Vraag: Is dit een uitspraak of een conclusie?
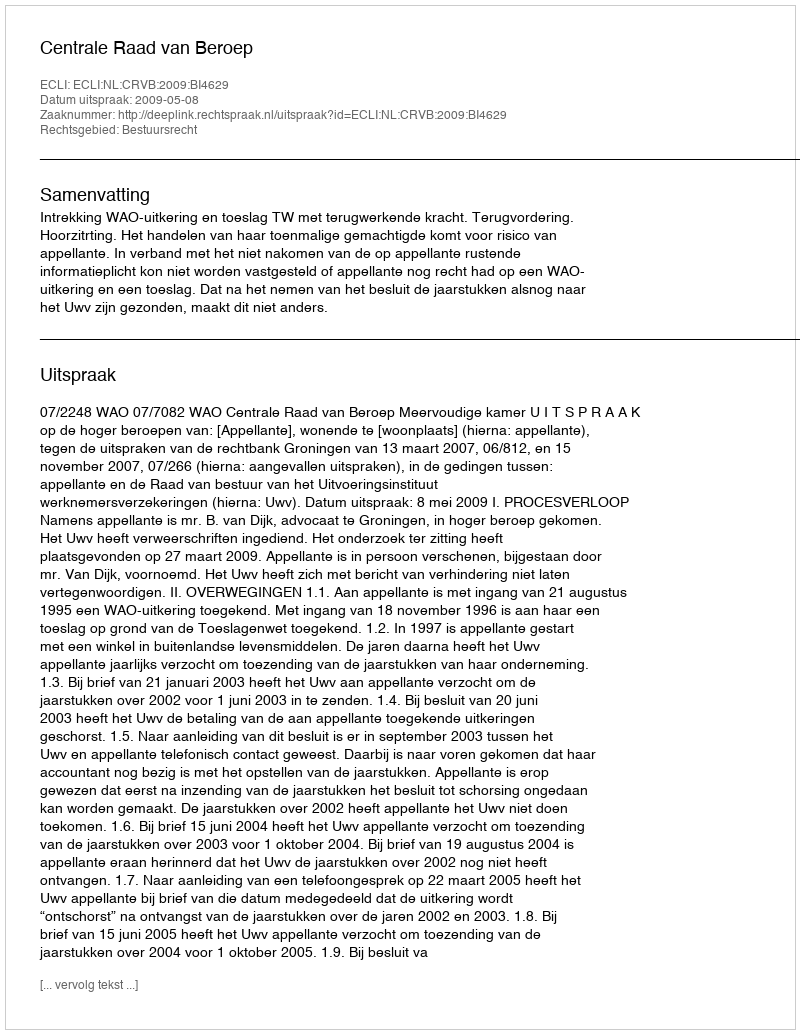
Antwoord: Uitspraak